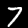
Digit: 7